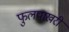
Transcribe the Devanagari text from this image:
फुलपाखरी